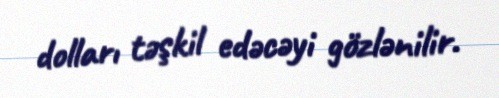
dolları təşkil edəcəyi gözlənilir.